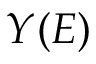
Y ( E )